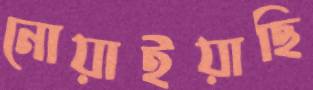
নোয়াইয়াছি